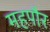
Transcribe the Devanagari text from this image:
महपौर